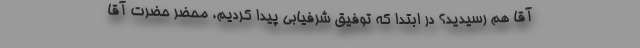
آقا هم رسیدید؟ در ابتدا که توفیق شرفیابی پیدا کردیم، محضر حضرت آقا